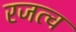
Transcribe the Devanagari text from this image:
रजत्व